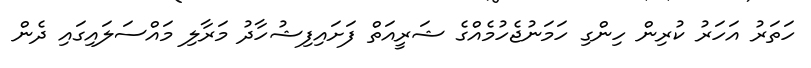
ހަތަރު އަހަރު ކުރިން ހިންގި ހަމަނުޖެހުމެއްގެ ޝަރީއަތް ފަށައިފިޝުހާދު މަރާލި މައްސަލައިގައި ދެން